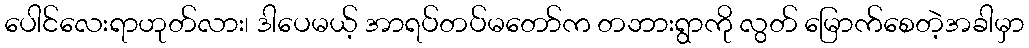
ပေါင်လေးရာဟုတ်လား၊ ဒါပေမယ့် အာရပ်တပ်မတော်က တဘားရွာကို လွတ် မြောက်စေတဲ့အခါမှာ